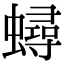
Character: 蟳